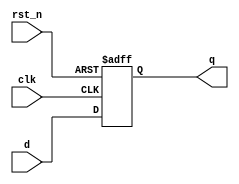
module sequential_logic(
    input wire clk,           // Clock signal
    input wire rst_n,        // Active-low reset signal
    input wire d,            // Data input
    output reg q             // Output
);

// Sequential logic behavior on the positive edge of the clock
always @(posedge clk or negedge rst_n) begin
    if (!rst_n) begin
        // Reset condition
        q <= 1'b0;           // Reset output to 0 when reset is active
    end else begin
        // State update
        q <= d;              // Update output with the data input
    end
end

endmodule